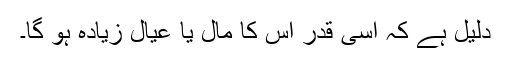
دلیل ہے کہ اسی قدر اس کا مال یا عیال زیادہ ہو گا۔